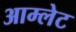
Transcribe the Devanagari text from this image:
आम्‍लेट